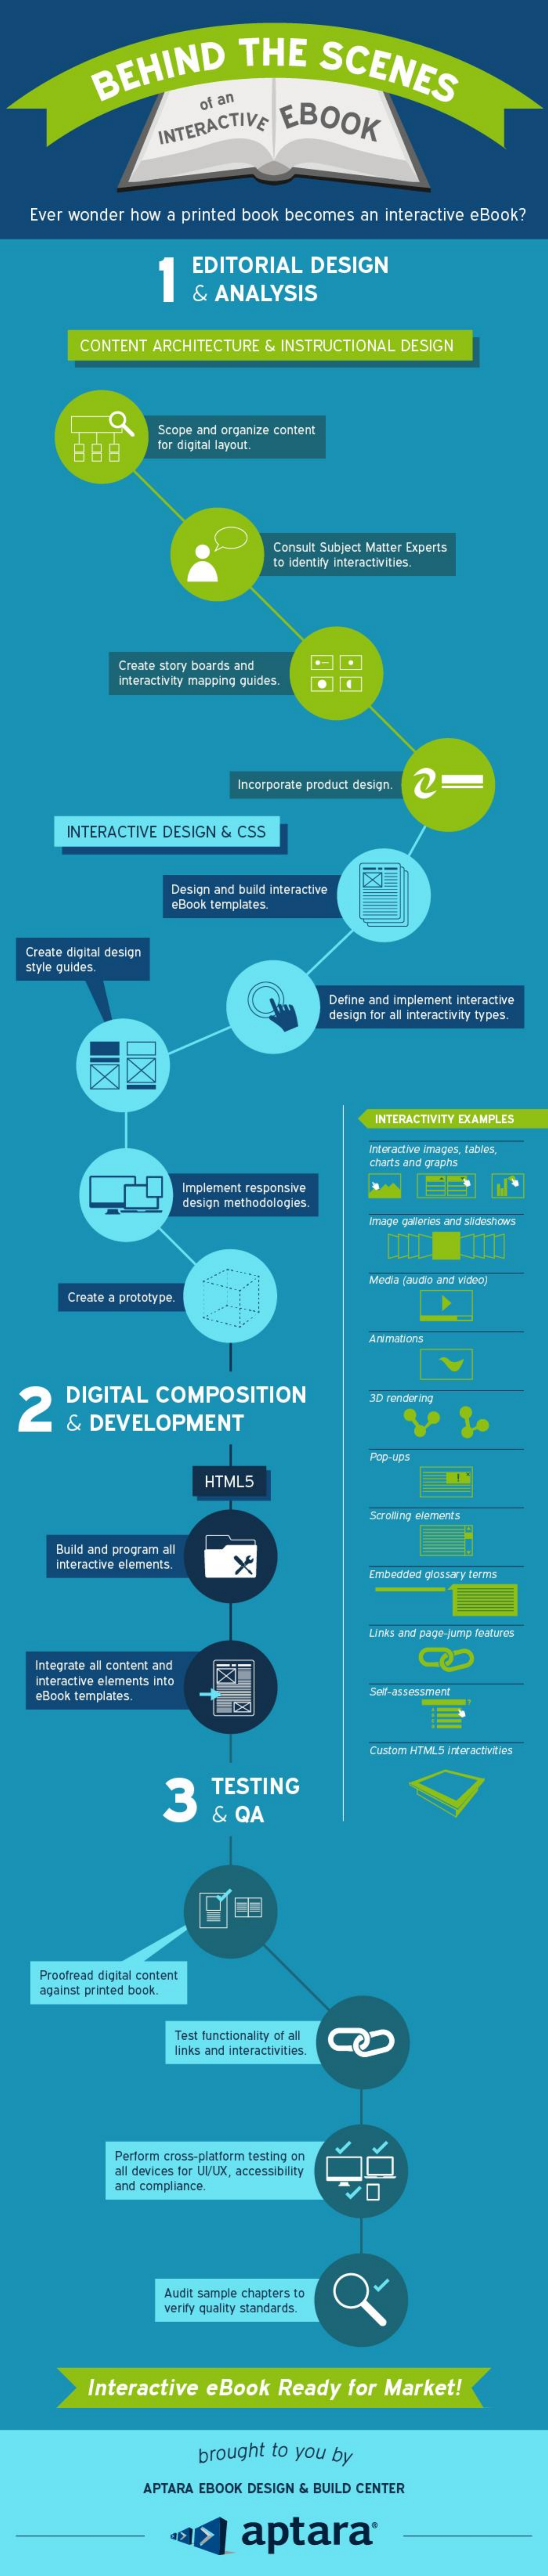
BEHIND    THE    SCENES
     INTERACTIVE  EBOOK
     ot an
   Ever wonder how a printed book becomes an interactive eBook?
     11
     EDITORIAL  DESIGN
     & ANALYSIS
     CONTENT ARCHITECTURE & INSTRUCTIONAL DESIGN
     白 白 白
     Scope and organize content
     for digital layout.
     Consult Subject Matter Experts
     o identity interactivities.
     Create story boards and
     Interactivity mapping quides.
     Incorporate product design 2-
     INTERACTIVE DESIGN & CSS
     Design and build interactive
     eBook templates
   Create digital design
   style guides,
     Define and implement interactive
     design for all interactivity types.
     INTERACTIVITY EXAMPLES
     Interactive images, lables,
     cherts and graphs
     Implement responsive
     design methodologies.
     Media (audio and video)
     Croato a prototype.
     Animations
  2
     DIGITAL  COMPOSITION    3D rendering
     & DEVELOPMENT
     Pop-up
     HTML5
     Scrolling elements
     Build and program all
     interactive elements.
     Embedded glossary farms
     Links and page-jump features
    Integrate all content and
    interactive elements into
    eBook templates.    Self-assessment
     Custom HTML5 Antoractivities
     3
     TESTING
     & QA
     Proofread digital content
    against printed book.
     fest functionality of all
     links and interactivities.
     Perform cross-platform testing on
     all devices for UUX, accessibility
     and compliance.
     Audit sample chapters to
     verity quality standards.
     Interactive eBook  Ready  for Market!
     brought to you by
     APTARA EBOOK DESIGN & BUILD CENTER
     aptara